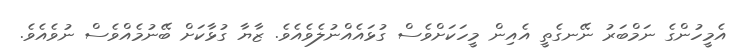
އެމީހުންގެ ނަމްބަރު ނޭނގެތީ އެއިން މީހަކަށްވެސް ގުޅައެއްނުލެވެއެވެ. ޒާޔާ ގުޅާކަށް ބޭނުމެއްވެސް ނުވެއެވެ.